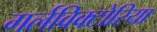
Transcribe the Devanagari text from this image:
गर्लविक्टोरिया